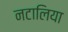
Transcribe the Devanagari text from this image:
नटालिया